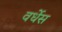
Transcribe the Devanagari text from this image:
वर्धेस